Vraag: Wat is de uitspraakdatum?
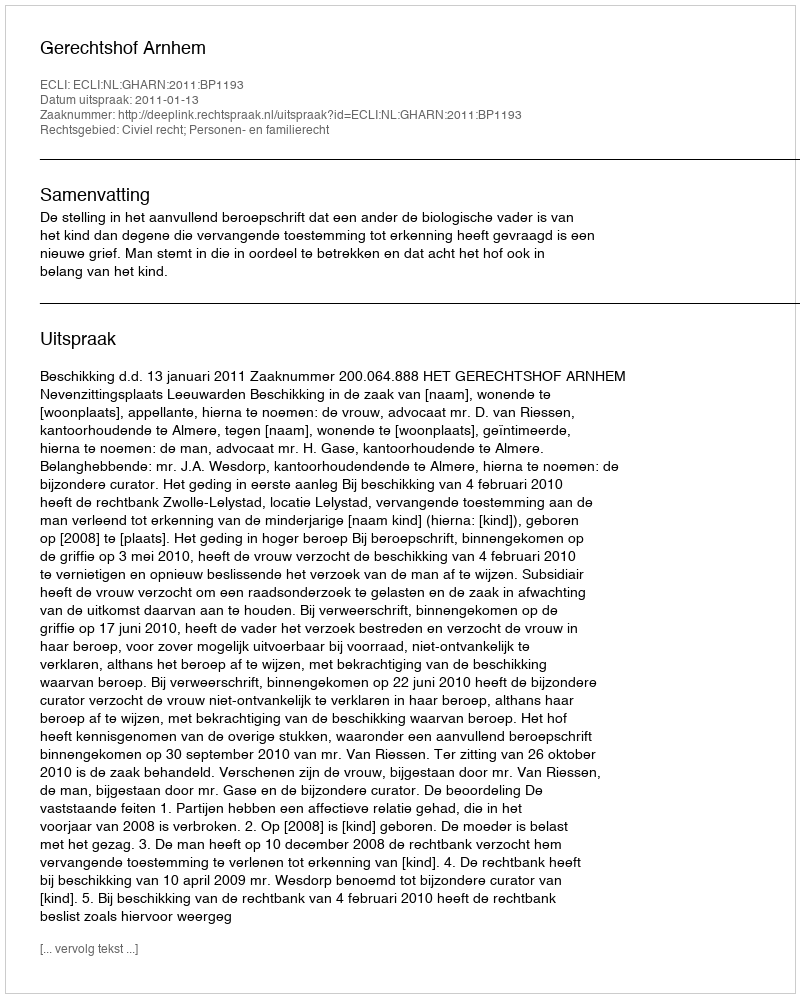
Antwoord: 2011-01-13